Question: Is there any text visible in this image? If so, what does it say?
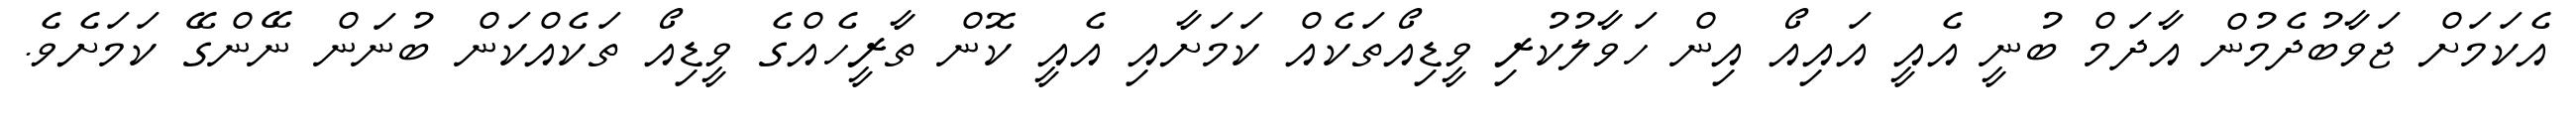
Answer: އެކަމަށް ޖަވާބުދެމުން އާދަމް ބުނީ އެއީ އައިއޯ އިން ހަވާލުކުރި ވީޑިއޯތަކެއް ކަމަށާއި އެއީ ކޮން ތާރީހެއްގެ ވީޑިއޯ ތަކެއްކަން ބުނަން ނޭންގޭ ކަމަށެވެ.